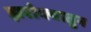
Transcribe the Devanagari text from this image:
झरोक्यातुन